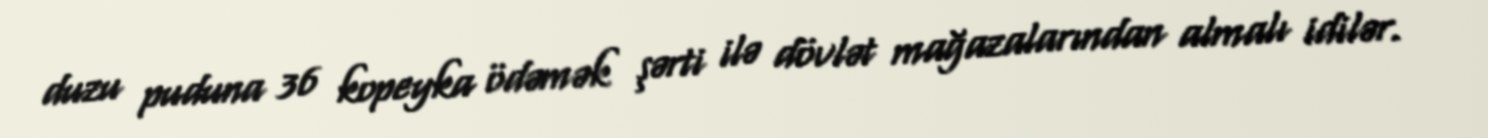
duzu puduna 36 kopeyka ödəmək şərti ilə dövlət mağazalarından almalı idilər.